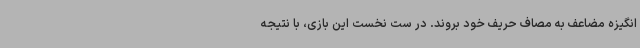
انگیزه مضاعف به مصاف حریف خود بروند. در ست نخست این بازی، با نتیجه